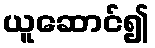
ယူဆောင်၍